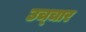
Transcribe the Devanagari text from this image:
उच्‍चार